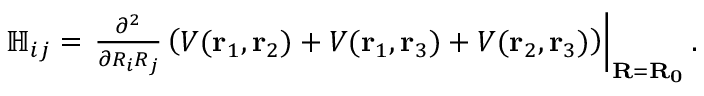
\begin{array} { r } { \mathbb { H } _ { i j } = \left. \frac { \partial ^ { 2 } } { \partial R _ { i } R _ { j } } \left( V ( \mathbf { r } _ { 1 } , \mathbf { r } _ { 2 } ) + V ( \mathbf { r } _ { 1 } , \mathbf { r } _ { 3 } ) + V ( \mathbf { r } _ { 2 } , \mathbf { r } _ { 3 } ) \right) \right| _ { \mathbf { R } = \mathbf { R _ { 0 } } } . } \end{array}